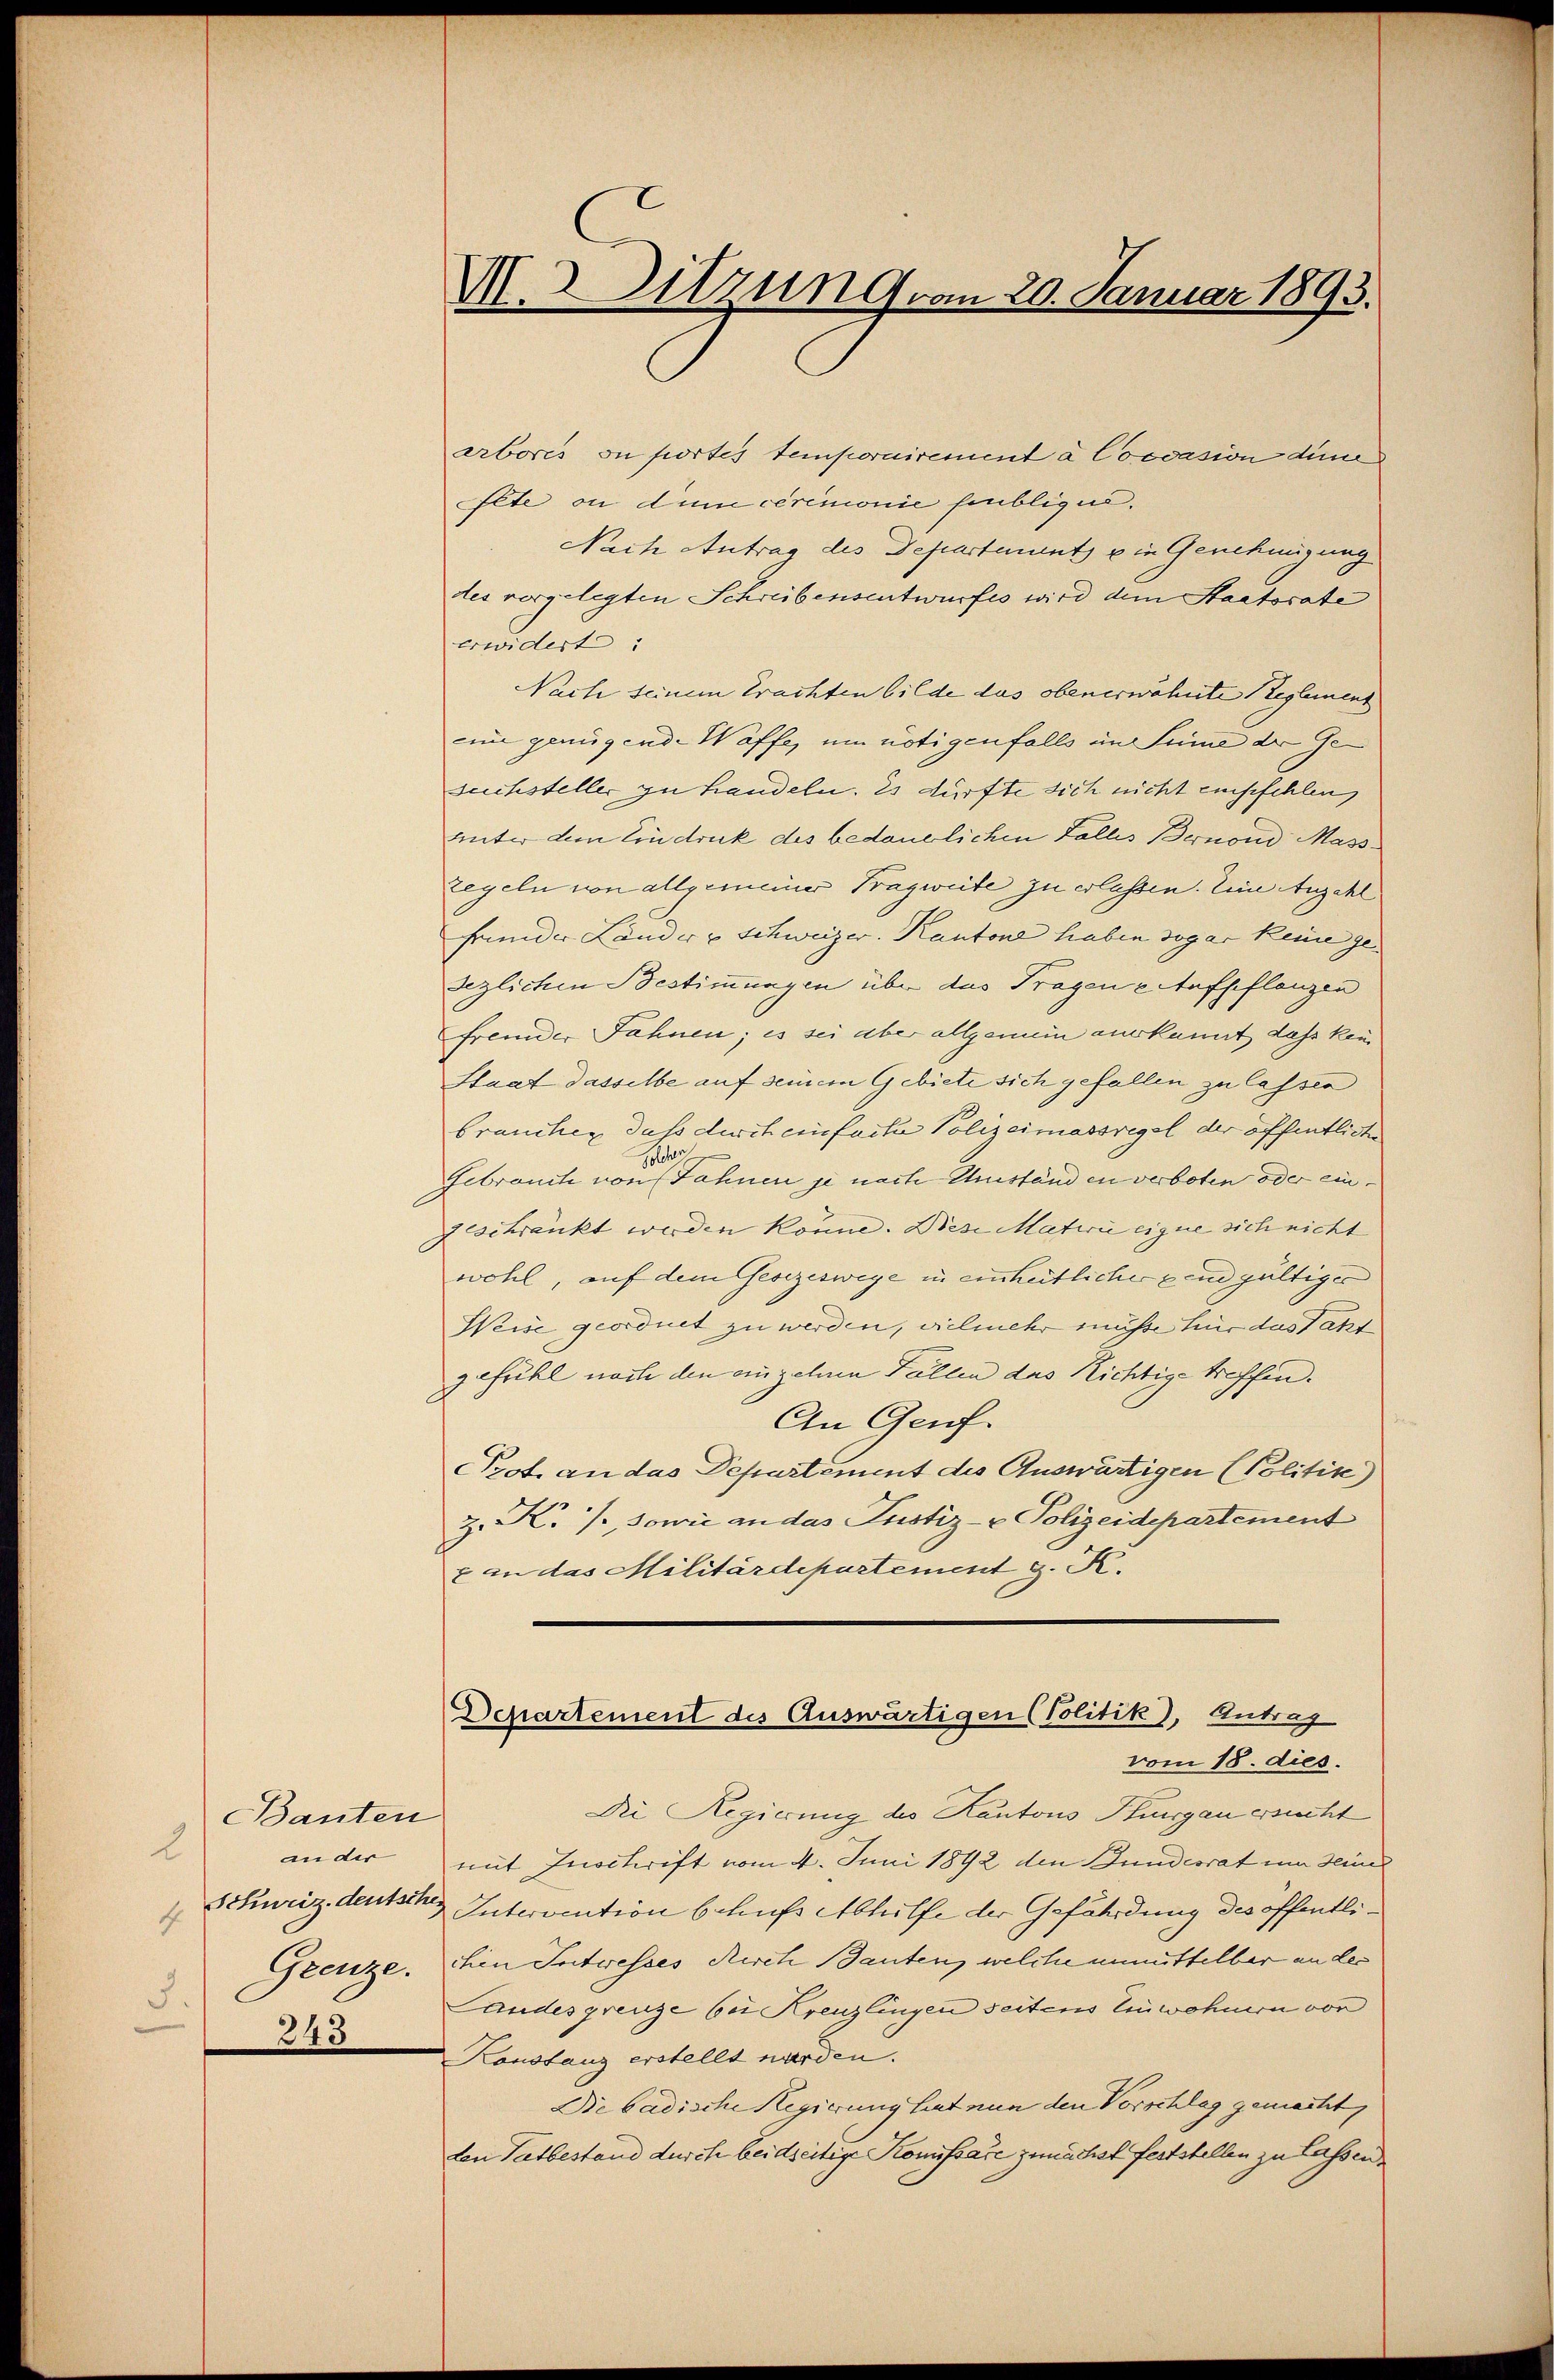
Banten
2
ander
Grenze.
5.
243

V.Sitzung vom 20. Januar 1893.

abores ou portes temporairement à Coccasion dem
fete ou dum ceremonie hinblicus,
Nach Antrag des Departenants ein Genehmigung
tes vorgelegten Schreibensentwurfes wird dem Staatsrate
erwidert:
Nach seinem Erachten bilde das obenerwähnte Reglement
ei genügende Waffe, um nötigenfalls im Summe der Gesuchsteller zu Handeln. Es dürfte sich nicht empfehlen,
unter dem Eindruck des bedauerlichen Falles Bernoud Massregeln von allgemeiner Tragweite zu erlassen. Eine Anzahl
frunder Lander v. Schweizer. Kantone haben sogar keine ge- |
sezlichen Bestimmungen über das Tragene Aufpflanzen
fremder Fahnen; es sei aber allgemein aus kannt, daß kein
Staat dasselbe auf seinem Gebiete sich gefallen zu lassen
brauchen dass discheinfache Polizeimassregel der öffentliche
lcher
Gebrauch von Fahnen je nach Umständen verboten oder eingeschränkt werden könne. Diese Materie eigne sich nicht
wohl, auf dem Gesezeswege in einheitlicher sind gültiger
Weise geordnet zu werden, vielmehr müsse für das Faht
gefühl noch den anzelnen Fällen das Richtige treffen.
An Genf.
Prot an das Departement des Auswärtigen (Politik)
Z. K. /. sowie an das Justiz- & Polizeidepartement
x an das Militärdepartement g. K.
Departement des Auswärtigen (Politik), Antrag
vom 18. dies.
Die Regierung des Kantons Thurgau ersucht
mit Inschrift vom 4. Juni 1892 den Bundesrat um deind
 Schweiz deutschen Intervention behufs Abhülfe der Gefährdung des öffentlichien Soctwesses Rich Bauten, welche unmittelbar an der
Landesgrenze bei Kreuzlingen seitens Einwohnern von
Konstanz erstellt worden.
Die badische Regierung hat nun den Vorschlag gemacht,
den Tatbestand durch beidseitige Komissare zunächst feststellen zu lassen